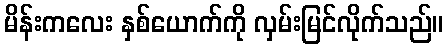
မိန်းကလေး နှစ်ယောက်ကို လှမ်းမြင်လိုက်သည်။